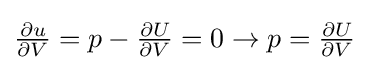
{\textstyle {\frac {\partial u}{\partial V}}=p-{\frac {\partial U}{\partial V}}=0\to p={\frac {\partial U}{\partial V}}}